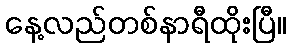
နေ့လည်တစ်နာရီထိုးပြီ။